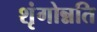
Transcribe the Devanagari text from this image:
शृंगोन्नति